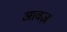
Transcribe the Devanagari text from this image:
आवज़